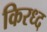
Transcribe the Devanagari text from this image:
किरध्द